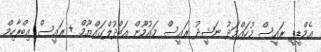
އެމްޑީޕީ ރައީސް މުހައްމަދު ނަޝީދު ރައީސް މައުމޫން އަބްދުލްގައްޔޫމް + ރައީސް އިބްރާހިމް